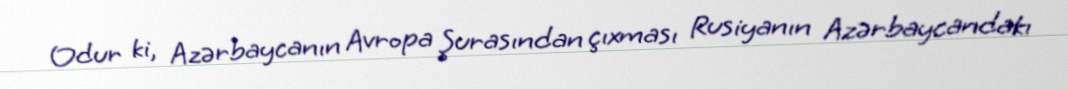
Odur ki, Azərbaycanın Avropa Şurasından çıxması Rusiyanın Azərbaycandakı